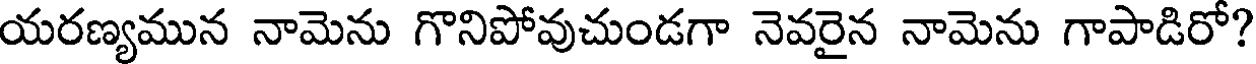
యరణ్యమున నామెను గొనిపోవుచుండగా నెవరైన నామెను గాపాడిరో?